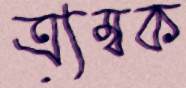
ত্র্যম্বক